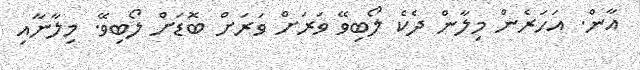
އާން. އަހަރެން މިލާން ދެކެ ލޯބިވޭ ވަރަށް ވަރަށް ބޮޑަށް ލޯބިވޭ. މިލާނާއި